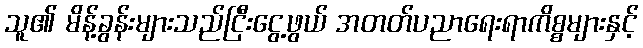
သူ၏ မိန့်ခွန်းများသည်ငြီးငွေ့ဖွယ် အတတ်ပညာရေးရာကိစ္စများနှင့်